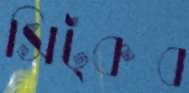
সিট্‌কব